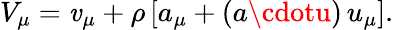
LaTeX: V_{\mu}=\mathit{v}_{\mu}+\rho\, [a_{\mu}+(a\cdotu)\, u_{\mu}].